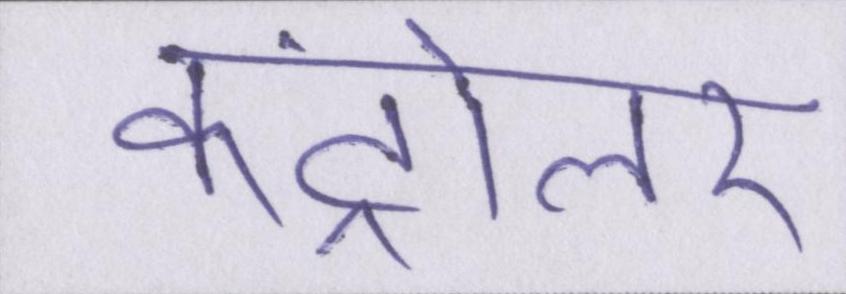
कंट्रोलर